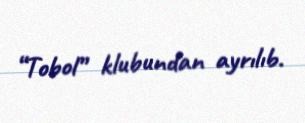
“Tobol” klubundan ayrılıb.